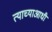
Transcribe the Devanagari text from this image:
त्याच्याआधी